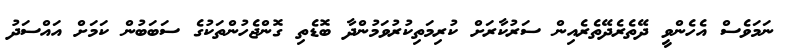
ނަމަވެސް އެހެންވީ ދޭތެރެދޭތެރެއިން ސަރުކާރަށް ކުރިމަތިކުރުވަމުންދާ ބޮޑެތި ގޮންޖެހުންތަކުގެ ސަބަބުން ކަމަށް އައްސަދު